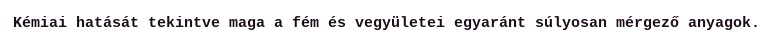
Kémiai hatását tekintve maga a fém és vegyületei egyaránt súlyosan mérgező anyagok.